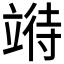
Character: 𫁧